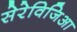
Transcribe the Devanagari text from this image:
सेरेविजिआ